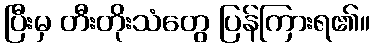
ပြီးမှ တီးတိုးသံတွေ ပြန်ကြားရ၏။